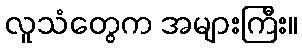
လူသံတွေက အများကြီး။